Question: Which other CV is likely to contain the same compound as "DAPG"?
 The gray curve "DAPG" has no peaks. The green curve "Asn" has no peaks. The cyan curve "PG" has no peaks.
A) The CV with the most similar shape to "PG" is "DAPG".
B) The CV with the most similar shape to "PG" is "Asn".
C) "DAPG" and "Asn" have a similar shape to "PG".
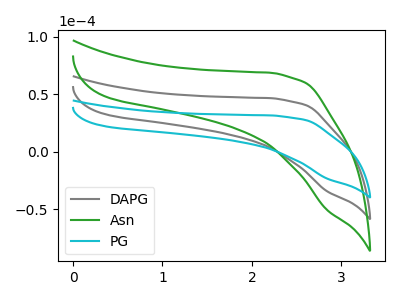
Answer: <think>Neither "DAPG" or "Asn" have any peaks. Neither "DAPG" or "PG" have any peaks. Neither "Asn" or "PG" have any peaks.
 </think>
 <answer>C) "DAPG" and "Asn" have a similar shape to "PG".</answer>
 <eval>C</eval>